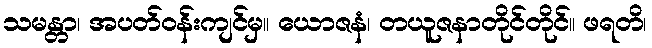
သမန္တာ၊ အပတ်ဝန်းကျင်မှ။ ယောဇနံ၊ တယူဇနာတိုင်တိုင်။ ဖရတိ၊